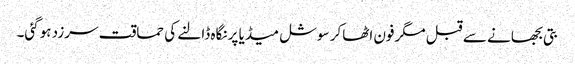
بتی بجھانے سے قبل مگرفون اٹھاکر سوشل میڈیا پر نگاہ ڈالنے کی حماقت سرزد ہوگئی۔